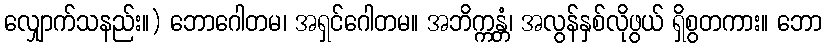
လျှောက်သနည်း။) ဘောဂေါတမ၊ အရှင်ဂေါတမ။ အဘိက္ကန္တံ၊ အလွန်နှစ်လိုဖွယ် ရှိစွတကား။ ဘော